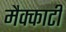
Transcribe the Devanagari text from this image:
मैक्कार्टी